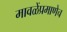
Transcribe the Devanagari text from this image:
मावळेंप्रमाणेच